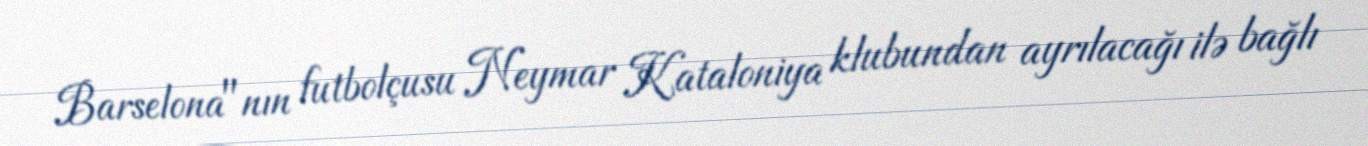
Barselona"nın futbolçusu Neymar Kataloniya klubundan ayrılacağı ilə bağlı